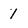
Character: 1